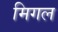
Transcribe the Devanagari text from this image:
मिगल